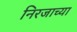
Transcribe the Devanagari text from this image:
निरजाच्या